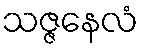
သဇ္ဇနေလံ